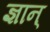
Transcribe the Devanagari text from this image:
ज्ञान्